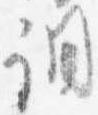
調